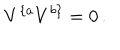
V ^ { \{ a } V ^ { b \} } = 0 \, .